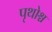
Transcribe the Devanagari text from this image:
पृथोश्च